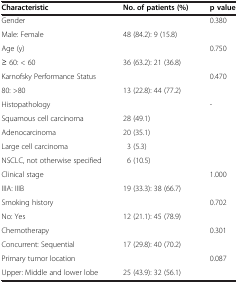
<table><thead><tr><td><b>Characteristic</b></td><td><b>No. of patients (%)</b></td><td><b>p value</b></td></tr></thead><tbody><tr><td>Gender</td><td> </td><td>0.380</td></tr><tr><td>Male: Female</td><td>48 (84.2): 9 (15.8)</td><td> </td></tr><tr><td>Age (y)</td><td> </td><td>0.750</td></tr><tr><td>≥ 60: &lt; 60</td><td>36 (63.2): 21 (36.8)</td><td> </td></tr><tr><td>Karnofsky Performance Status</td><td> </td><td>0.470</td></tr><tr><td>80: &gt;80</td><td>13 (22.8): 44 (77.2)</td><td> </td></tr><tr><td>Histopathology</td><td> </td><td>-</td></tr><tr><td>Squamous cell carcinoma</td><td>28 (49.1)</td><td> </td></tr><tr><td>Adenocarcinoma</td><td>20 (35.1)</td><td> </td></tr><tr><td>Large cell carcinoma</td><td>3 (5.3)</td><td> </td></tr><tr><td>NSCLC, not otherwise specified</td><td>6 (10.5)</td><td> </td></tr><tr><td>Clinical stage</td><td> </td><td>1.000</td></tr><tr><td>IIIA: IIIB</td><td>19 (33.3): 38 (66.7)</td><td> </td></tr><tr><td>Smoking history</td><td> </td><td>0.702</td></tr><tr><td>No: Yes</td><td>12 (21.1): 45 (78.9)</td><td> </td></tr><tr><td>Chemotherapy</td><td> </td><td>0.301</td></tr><tr><td>Concurrent: Sequential</td><td>17 (29.8): 40 (70.2)</td><td> </td></tr><tr><td>Primary tumor location</td><td> </td><td>0.087</td></tr><tr><td>Upper: Middle and lower lobe</td><td>25 (43.9): 32 (56.1)</td><td> </td></tr></tbody></table>